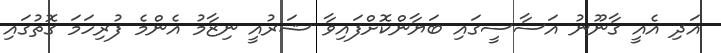
އަދި އެއީ ގާނޫނު އަސާސީގައި ބަޔާންކޮށްފައިވާ ޝަރުއީ ނިޒާމު އެންމެ ފުރިހަމަ ގޮތުގައި